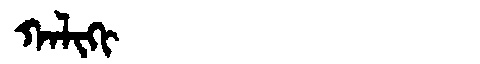
Manchu: ᡴᠠᠯᡳᡴᡳ
Romanization: KALIKI